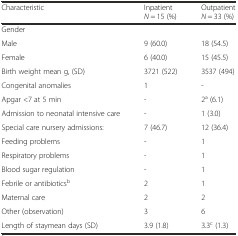
| Characteristic | Inpatient N = 15 (%) | Outpatient N = 33 (%) |
 | --- | --- | --- |
 | <COLSPAN=3> Gender |
 | Male | 9 (60.0) | 18 (54.5) |
 | Female | 6 (40.0) | 15 (45.5) |
 | Birth weight mean g, (SD) | 3721 (522) | 3537 (494) |
 | Congenital anomalies | 1 | - |
 | Apgar <7 at 5 min | - | 2a (6.1) |
 | Admission to neonatal intensive care | - | 1 (3.0) |
 | Special care nursery admissions: | 7 (46.7) | 12 (36.4) |
 | Feeding problems | - | 1 |
 | Respiratory problems | - | 1 |
 | Blood sugar regulation | - | 1 |
 | Febrile or antibioticsb | 2 | 1 |
 | Maternal care | 2 | 2 |
 | Other (observation) | 3 | 6 |
 | Length of staymean days (SD) | 3.9 (1.8) | 3.3c (1.3) |